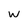
Character: w